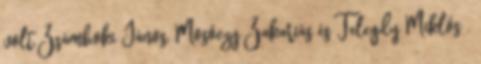
volt Zsámboki János, Mosóczy Zakariás és Telegdy Miklós .